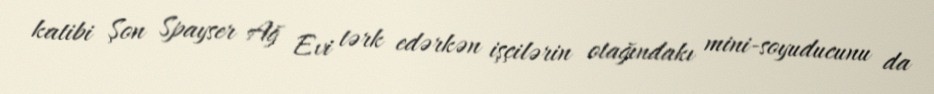
katibi Şon Spayser Ağ Evi tərk edərkən işçilərin otağındakı mini-soyuducunu da